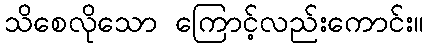
သိစေလိုသော ကြောင့်လည်းကောင်း။